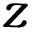
z